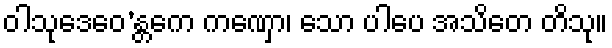
ဝါသုဒေဝေ’န္တကေ ကဏှော၊ သော ပါပေ အသိတေ တိသု။